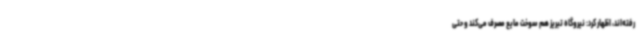
رفته‌اند، اظهار کرد: نیروگاه تبریز هم سوخت مایع مصرف می‌کند و حتی